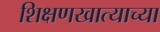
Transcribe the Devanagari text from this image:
शिक्षणखात्याच्या